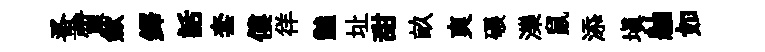
蚤質歛鐸話套僂徉豔址甜畝爽碾濼鼠添塡舳如